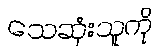
သေဆုံးသူကို